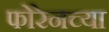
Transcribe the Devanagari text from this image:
फोरेनच्या